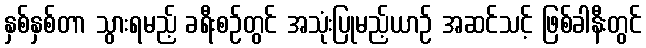
နှစ်နှစ်တာ သွားရမည့် ခရီးစဉ်တွင် အသုံးပြုမည့်ယာဉ် အဆင်သင့် ဖြစ်ခါနီးတွင်